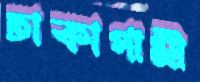
ঢাকাগামী